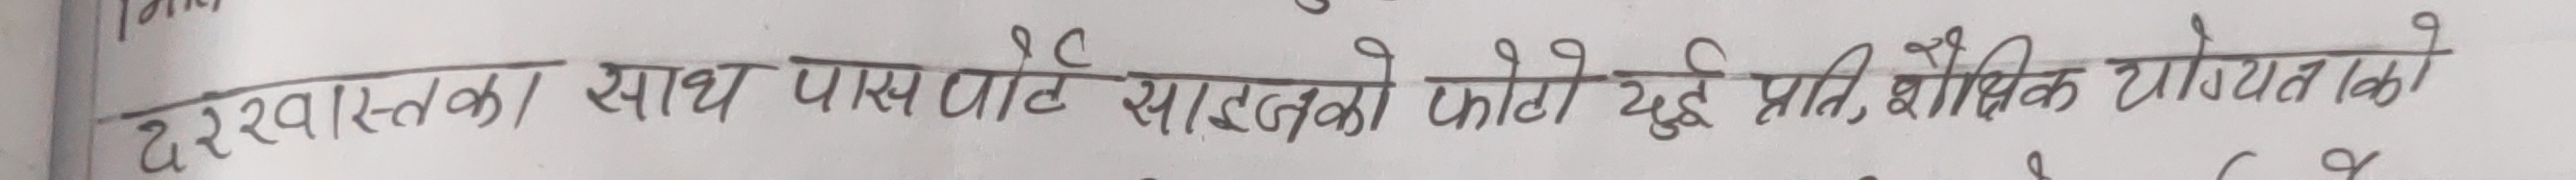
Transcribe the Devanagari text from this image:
दरखास्तका साथ पासपोर्ट साइजको फोटो दुई प्रति, शैक्षिक योग्यताको